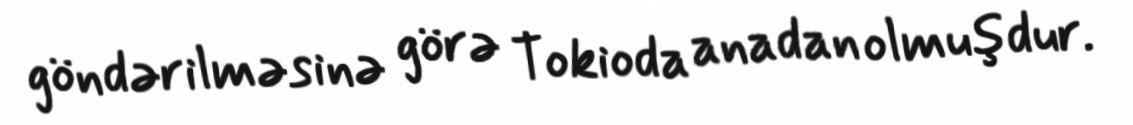
göndərilməsinə görə Tokioda anadan olmuşdur.